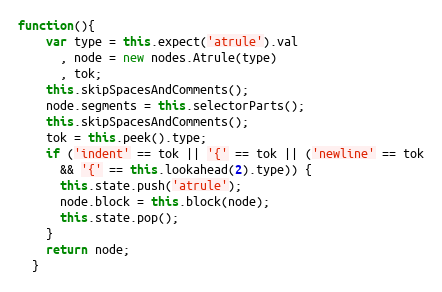
Language: JavaScript
function(){
    var type = this.expect('atrule').val
      , node = new nodes.Atrule(type)
      , tok;
    this.skipSpacesAndComments();
    node.segments = this.selectorParts();
    this.skipSpacesAndComments();
    tok = this.peek().type;
    if ('indent' == tok || '{' == tok || ('newline' == tok
      && '{' == this.lookahead(2).type)) {
      this.state.push('atrule');
      node.block = this.block(node);
      this.state.pop();
    }
    return node;
  }